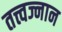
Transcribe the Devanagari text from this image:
तत्त्वज्नान